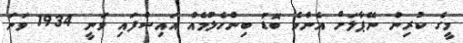
މީގެ ކުރިން ނޭޕާލަށް އެންމެ ބޮޑު ބިންހެލުމެއް އައިސްފައި ވަނީ 1934 ވަނަ